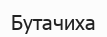
Бутачиха